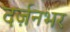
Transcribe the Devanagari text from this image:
दर्ज़नभर